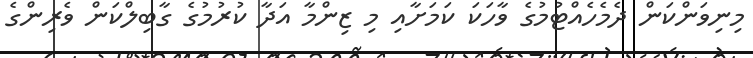
މިނިވަންކަން ދެމެހެއްޓުމުގެ ވާހަކަ ކަމަށާއި މި ޒިންމާ އަދާ ކުރުމުގެ ގާބިލްކަން ވެރިންގެ